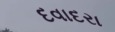
દવાદરા